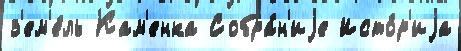
з'ем'е́ль Кам'енка Собра́н'иjе Исто́р'иjа